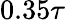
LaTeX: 0.35\tau